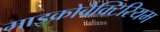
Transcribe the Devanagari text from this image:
माइक्रोबैक्टिरियम